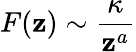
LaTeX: F(\mathbf{z})\sim{\frac{{\kappa}}{{\mathbf{z}^{a}}}}